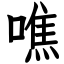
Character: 噍